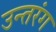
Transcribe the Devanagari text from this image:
उन्तरंग